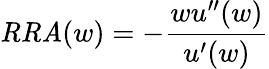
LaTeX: {\mathit{RRA}}(w)=-{\frac{wu^{\prime\prime}(w)}{u^{\prime}(w)}}